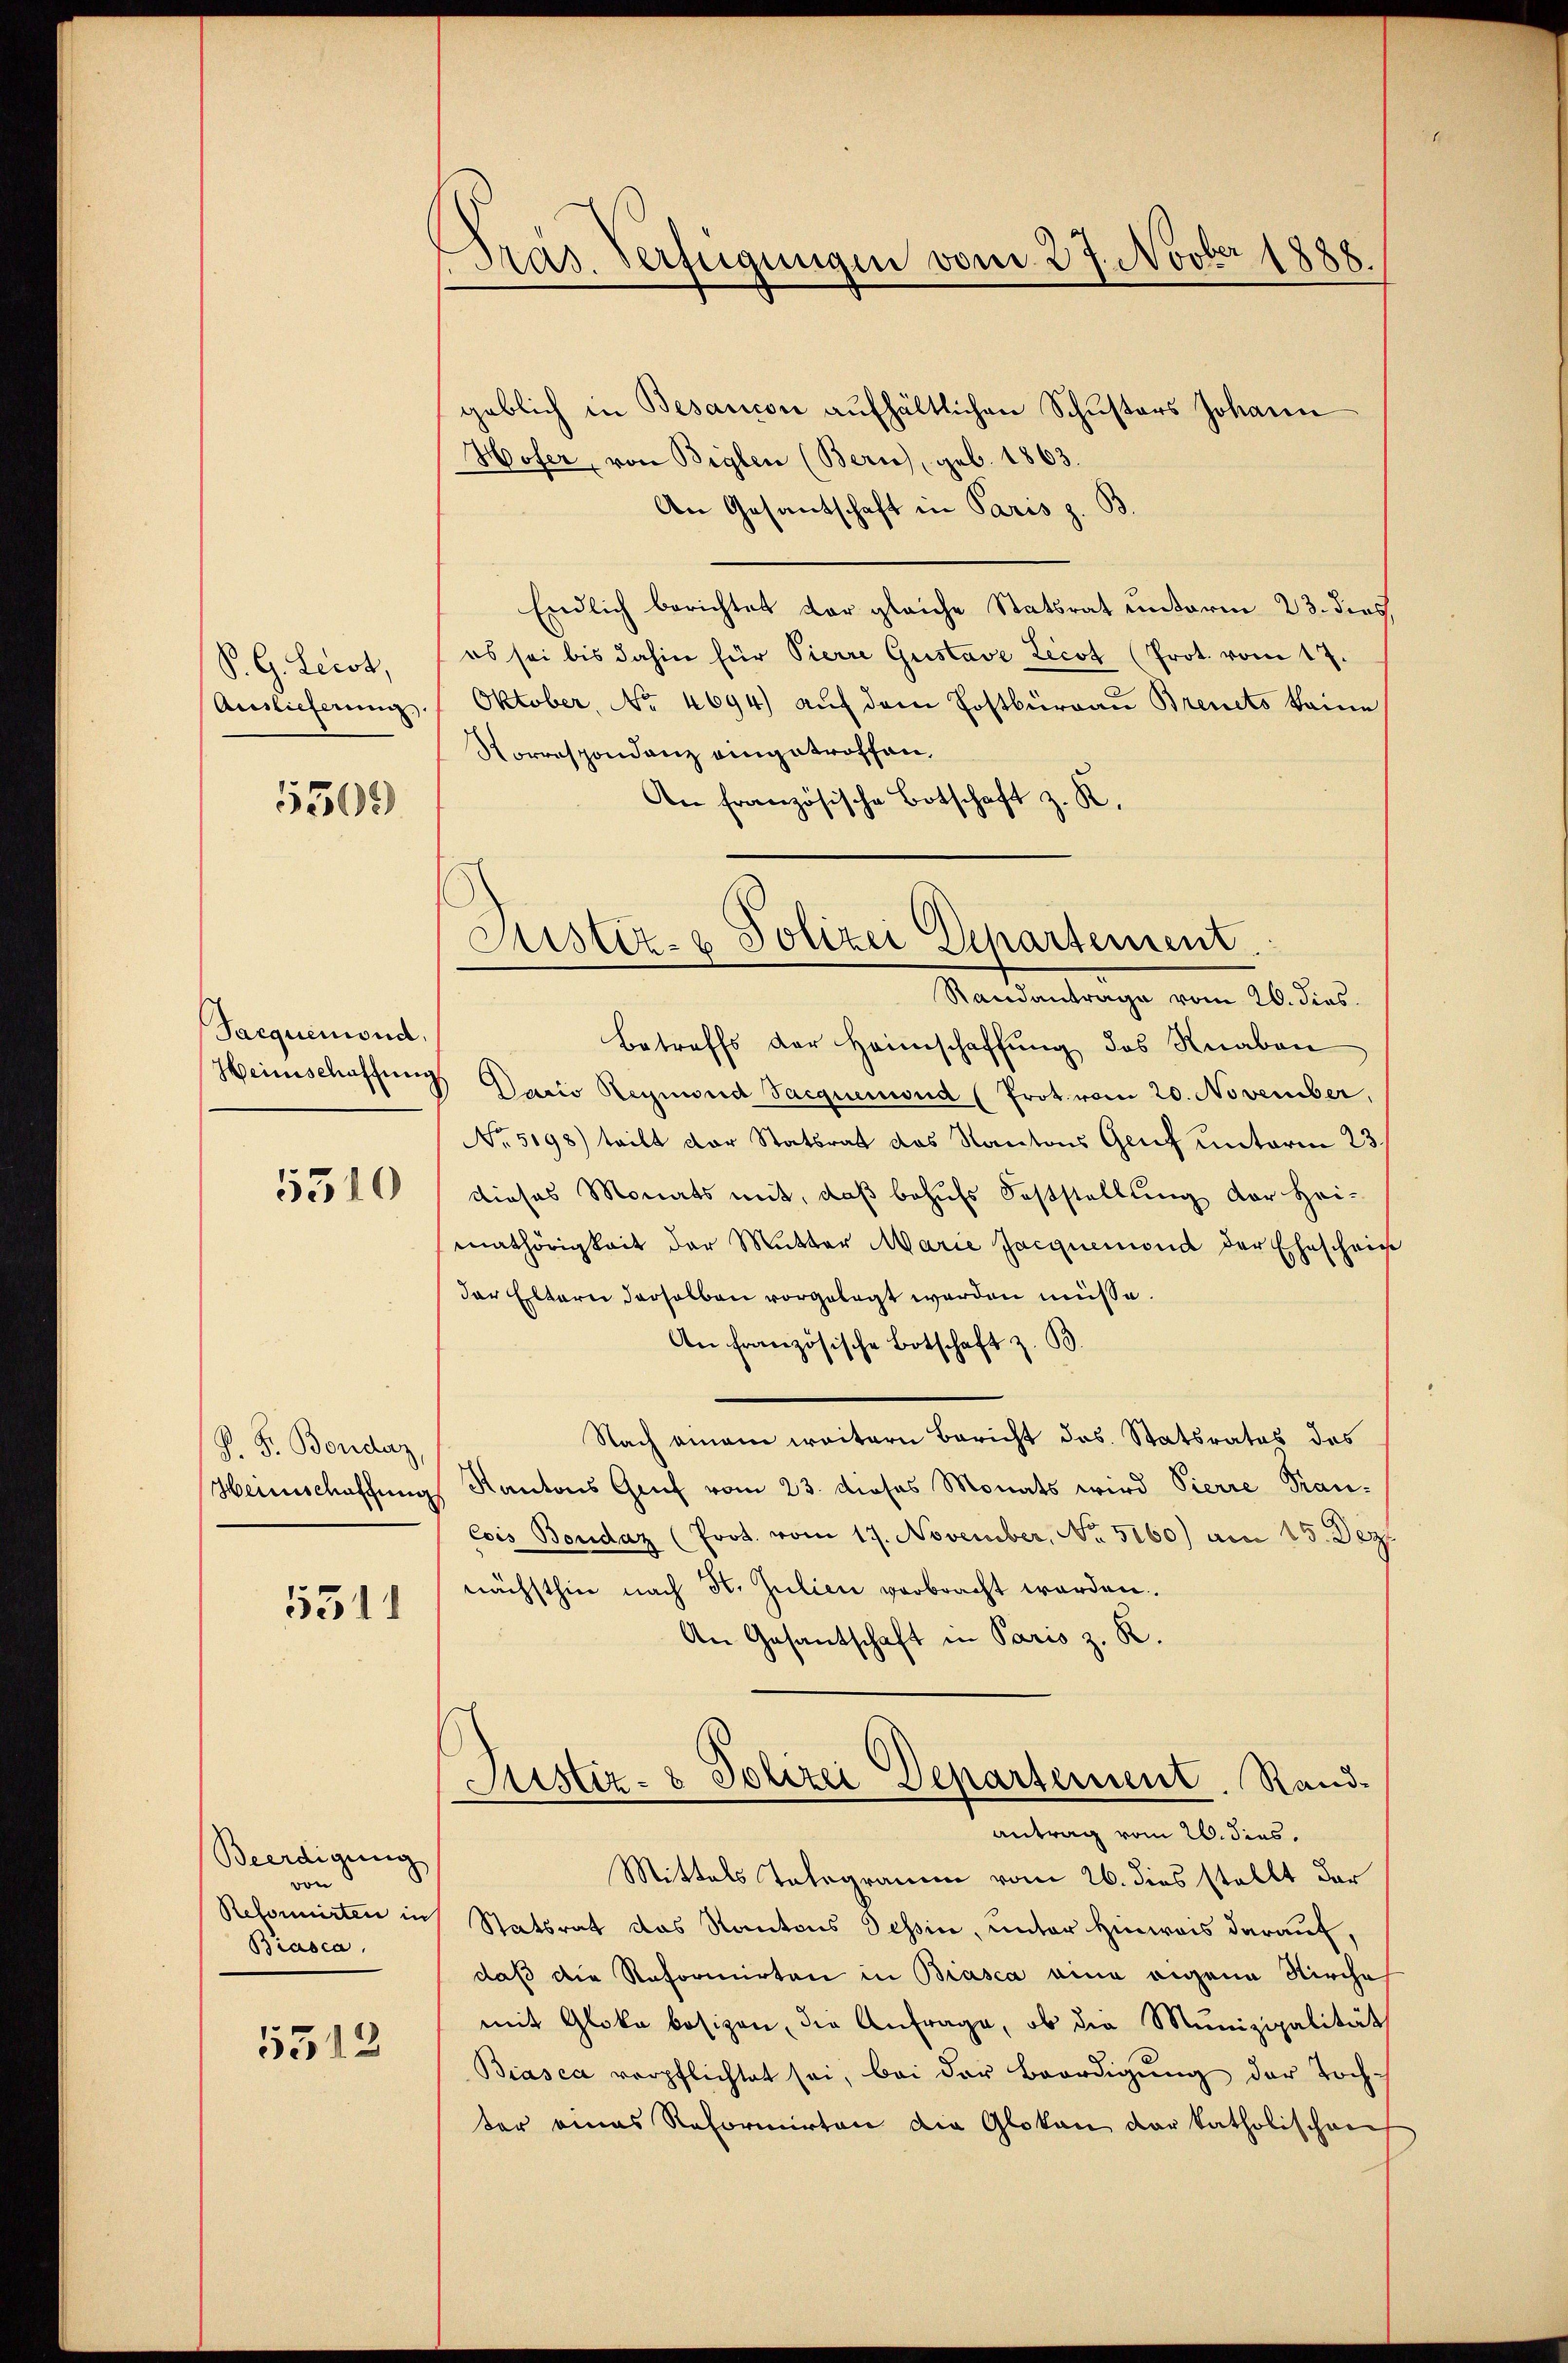
P. G. Lecot,
Auslieferung

5309

Sacquemond,
5510

P. F. Bondaz,

5311

Beerdigung
von 8
Biasca,

5313

Pras. Verfügungen vom 27. Novber 1888.

geblich in Besancon aufhältlichen Schusters Johann
Hofer, von Biglen (Bern, geb. 1863.
An Gesantschaft in Paris z. B.
Endlich berichtet dar gleiche Statsrat unterm 23. dies
es sei bis dahin für Pierre Gustave Licot (Prot. vom 17.
Oktober, No 4694) auf dem Postburgau Brevets keine
Rorrespondenz eingetroffen,
An französische Botschaft z. K.
Randantrage vom 26. dies
Betreffs der Heimschaffung des Knaben
Heimschaffung. Dario Reymond Jacquenwud (Prot. vom 20. November,
No. 5198) tritt der Statsrat des Kantons Genf unterm 23.
dieses Monats mit, daß behufs Feststellung der Heimathörigkeit der Mutter Marie Jacquemond der Eheschein
der Eltern derselben vorgelegt werden müsse.
An französische Botschaft z. B.
Nach einem weitern Bericht das Statsrates des
Heimschaffungs Kantons Gruf vom 23. dieses Monats wird Vierre Pran-
Cois Bondaz (Prot. vom 17. November, No. 5160) am 15. Dez.
nächsthin nach St. Julien verbracht worden.
An Gesantschaft in Paris z. R.
Justiz- & Polizei Departement. Rand.
antrag vom 26. dies
Mittels Telegramm vom 26. dies stellt dar
Reformirten in Statsrat das Kantons Tessin, unter Hinweis darauf,
daß die Reformirten in Biasca eine eigene Kirche
mit Gloke besizen, die Anfrage, ob die Munizipalität
Biasca verpflichtet sei, bei der Beerdigung der Tochter eines Reformirten die Gloten der katholischen

Sistiz- & Polizei Departement.